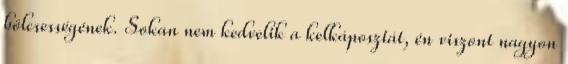
bölcsességének. Sokan nem kedvelik a kelkáposztát, én viszont nagyon